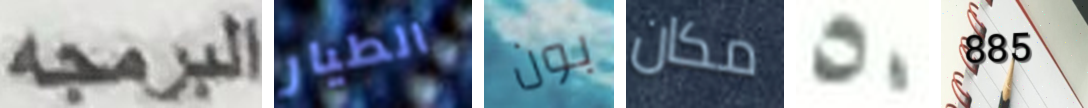
البرمجه الطيار بون مكان 50 885